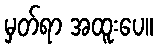
မှတ်ရာ အထူးပေ။